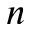
n